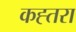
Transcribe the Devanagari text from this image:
कह्तरा